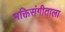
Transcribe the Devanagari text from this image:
भक्तिसंगीताला